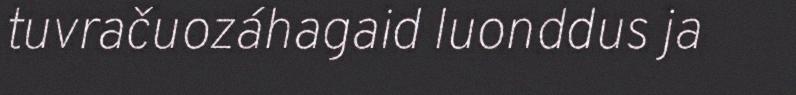
tuvračuozáhagaid luonddus ja